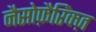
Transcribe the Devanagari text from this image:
नैसोफ़ैरिंक्ज़